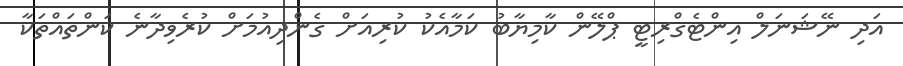
އަދި ނޭޝަނަލް އިންޓެގްރިޓީ ޕްލޭން ކާމިޔާބު ކަމާއެކު ކުރިއަށް ގެންދިއުމަށް ކުރެވިދާނެ ކަންތައްތަކާ